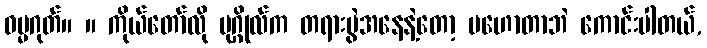
ဓမ္မဂုတ်။ ။ ကိုယ်တော်လို ပုဂ္ဂိုလ်က တရားပွဲအနေနဲ့တော့ မဟောတာဘဲ ကောင်းပါတယ်,